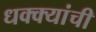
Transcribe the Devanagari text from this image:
धक्क्यांची